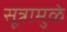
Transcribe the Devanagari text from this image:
सूत्रामुळे